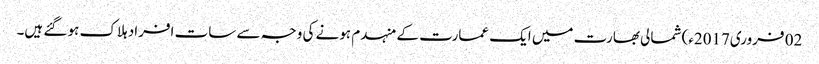
02 فروری2017ء) شمالی بھارت میں ایک عمارت کے منہدم ہونے کی وجہ سے سات افراد ہلاک ہو گئے ہیں۔